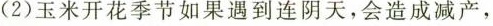
(2)玉米开花季节如果遇到连阴天，会造成减产，